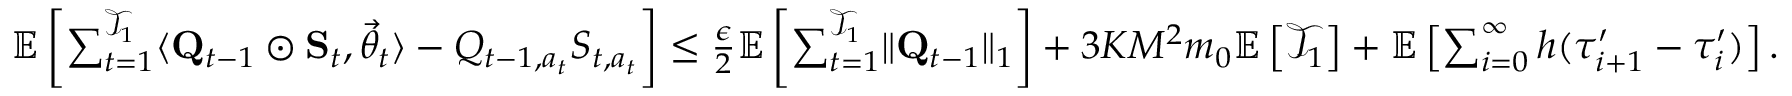
\begin{array} { r } { \mathbb E \left[ \sum _ { t = 1 } ^ { \mathcal T _ { 1 } } \langle \mathbf Q _ { t - 1 } \odot \mathbf S _ { t } , \vec { \theta } _ { t } \rangle - Q _ { t - 1 , a _ { t } } S _ { t , a _ { t } } \right] \le \frac \epsilon 2 \mathbb E \left[ \sum _ { t = 1 } ^ { \mathcal T _ { 1 } } \lVert \mathbf Q _ { t - 1 } \rVert _ { 1 } \right] + 3 K M ^ { 2 } m _ { 0 } \mathbb E \left[ \mathcal T _ { 1 } \right] + \mathbb E \left[ \sum _ { i = 0 } ^ { \infty } h ( \tau _ { i + 1 } ^ { \prime } - \tau _ { i } ^ { \prime } ) \right] . } \end{array}